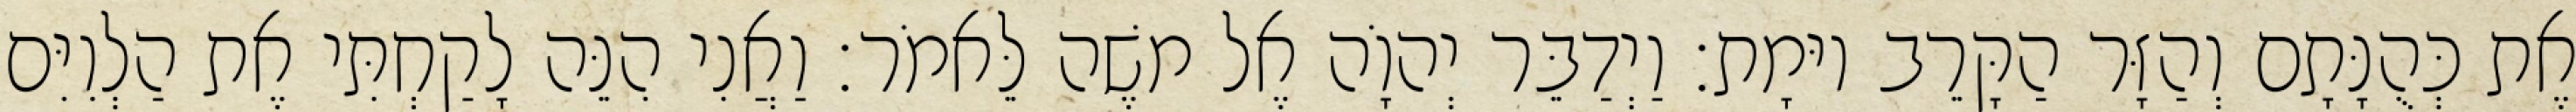
אֶת כְּהֻנָּתָם וְהַזָּר הַקָּרֵב יוּמָת׃ וַיְדַבֵּר יְהוָֹה אֶל משֶׁה לֵּאמֹר׃ וַאֲנִי הִנֵּה לָקַחְתִּי אֶת הַלְוִיִּם